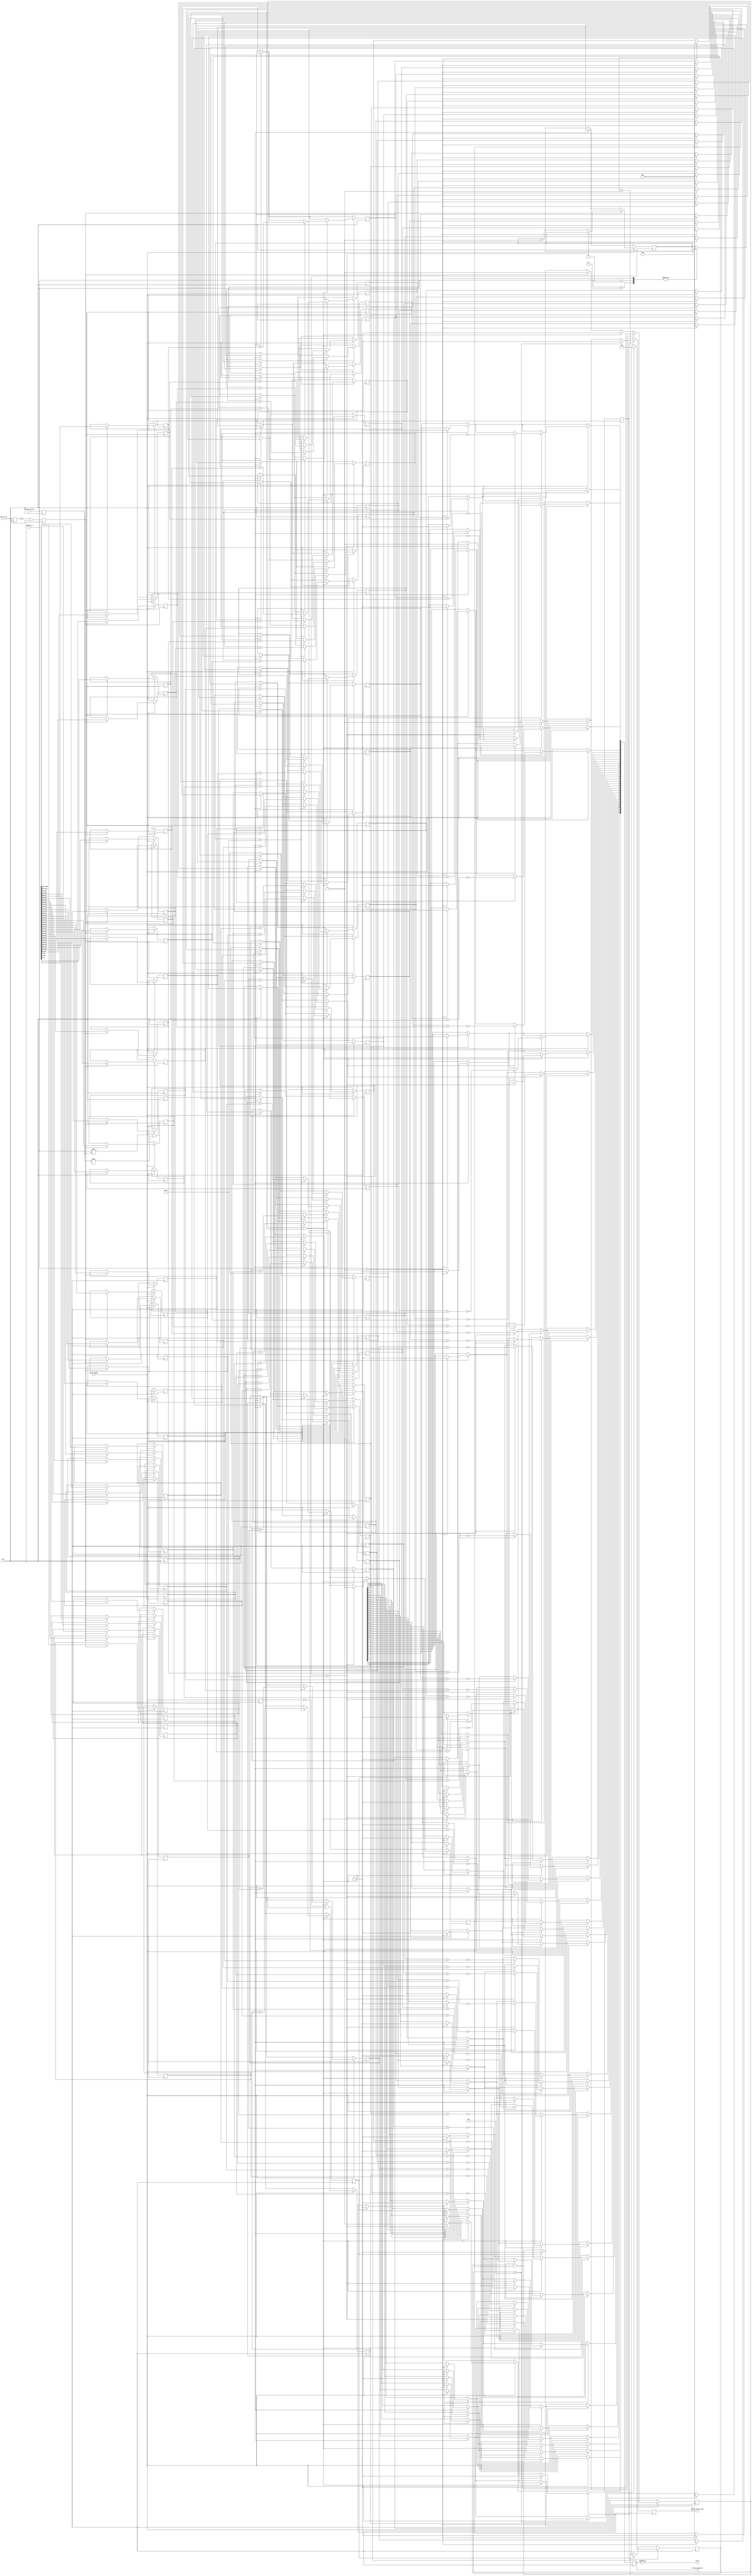
`timescale 1ns / 1ps
//////////////////////////////////////////////////////////////////////////////////
// Company: 
// Engineer: 
// 
// Design Name: 
// Module Name: CheckSum_Verification
// Project Name: 
// Target Devices: 
// Tool Versions: 
// Description: 
// 
// Dependencies: 
// 
// Revision:
// Revision 0.01 - File Created
// Additional Comments:
// 
//////////////////////////////////////////////////////////////////////////////////


module CheckSum_Verification(
    input [1055:0] dataCf_in,//3332
    input clk,
    input verify_enable,
    input [1:0] detect_correct,
    input fetch_Cf_row,
    
    output [32:0] column_indicator,
    output error,
    output column_verify_ready
    );
    ////////////////////////////////////////////////////////////////
    //////////////////////////////////////////////////////////
    /////////////////////////////////////////////////////////////////
    //Cf////////////////
    reg [31:0] I_dataCf_in [32:0];
    ///////////////////////////////////////////////////
    reg [31:0] ref_column_encode_matrixrow [32:0];
    ///////////////////////////////////////////////////
    // reg [31:0] ref_row_encode_matrixcolumn [32:0];
    /////Cf/////////////////////
    // reg [31:0] add_result,
            //    accumulation_result;
    ///////////////////////////////////////////////////////////////
    reg verify_enable_last,
        verify_enable_rising_edge;
    reg flag_fetch_Cf_over; //Cf
    reg flag_ref_column_encode_matrixrow_over;//1'b1
    reg [1:0] detect_correct_last;
    reg flag_detect_correct;//1detect_correct
    reg fetch_Cf_row_last,
        flag_fetch_Cf_row;
    reg flag_control_ready_delay;//1
    ////////////////////////////////////////////////////////////////
    integer i;//
    reg [5:0] count_for_Cf_row;//Cf
    reg [2:0] count_for_control_ready_delay;//
    ////////////////////////////////////////////
    reg [32:0] O_column_indicator;
    reg        O_column_verify_ready;

    always @(posedge clk) begin
        ////////////////////////////////////////////////////////////////////
        verify_enable_last <= verify_enable;
        verify_enable_rising_edge <= (!verify_enable_last&&verify_enable);
        if(verify_enable_rising_edge) begin
            O_column_verify_ready <= 1'b0;
            flag_fetch_Cf_over <= 1'b0;
            ///////
            count_for_control_ready_delay <= 3'd0;
            flag_control_ready_delay <= 1'b0;
        end
        /////////////detect_correct////////////////////////////////////////////////////////////////////
        ////verify_enabledetect_correct////////////
        detect_correct_last <= detect_correct;
        flag_detect_correct <= (detect_correct !== detect_correct_last)&&(detect_correct_last !== 2'bxx);//!==xz,//!==!=,
        //detect_correct
        //////////////detect_correct[1:0]////////////////////////////////////////////////////////////////
        if(flag_detect_correct) begin
            case(detect_correct)
                2'd1://ABABref_column_encode_matrixrow,ref_row_encode_matrixcolumnIDLEBuffer_row_A
                    //ref_column_encode_matrixrow,ref_row_encode_matrixcolumn
                    begin
                        for (i = 0;i < 33 ;i = i + 1 ) begin //detect_correct = 2'd1
                            ref_column_encode_matrixrow[i] <= 32'd0;
                        end
                            count_for_Cf_row <= 6'd0;
                            flag_ref_column_encode_matrixrow_over <= 1'b0;
                            O_column_indicator <= 33'd0;
                    end
                2'd2: //
                    begin
                            count_for_Cf_row <= 6'd0;
                    end
                2'd3:
                    begin
                            count_for_Cf_row <= 6'd0;
                    end
                default:
                    begin
                            count_for_Cf_row <= count_for_Cf_row;
                    end
            endcase
        end
        fetch_Cf_row_last <= fetch_Cf_row;
        flag_fetch_Cf_row <= (!fetch_Cf_row_last&&fetch_Cf_row);
        /////////////////////////////////////////////
        /////verify_enable32
        ////detect_correct
        if(verify_enable) begin
        /////////////////////////////////////////////////////////////
            //MACs,flag_fetch_Cf_row
            if(flag_fetch_Cf_row) begin
                for(i = 0;i < 33;i = i + 1) begin
                    I_dataCf_in[i] <= dataCf_in[32*i+:32];
                end
                if(count_for_Cf_row == 6'd33) begin
                    count_for_Cf_row <= count_for_Cf_row;
                end else begin
                    count_for_Cf_row <= count_for_Cf_row + 1'b1;
                end
                flag_fetch_Cf_over <= 1'b1;
            end
        ////////////////////////////////////////////////////////////
        //// always  always always
        ////

            //
            if(flag_fetch_Cf_over&&!flag_ref_column_encode_matrixrow_over) begin
                if(count_for_Cf_row < 6'd33) begin
                    for(i = 0; i < 33; i = i + 1)begin
                        ref_column_encode_matrixrow[i] <= ref_column_encode_matrixrow[i] + I_dataCf_in[i];
                    end
                end
                flag_fetch_Cf_over <= 1'b0;
                // flag_ref_column_encode_matrixrow_over <= (count_for_Cf_row == 6'd33) ? 1'b1 : 1'b0;  Write_row_C
                if(count_for_Cf_row == 6'd33) begin
                    flag_ref_column_encode_matrixrow_over <= 1'b1;
                    for(i = 0; i < 33; i = i + 1) begin
                        O_column_indicator[i] <= ~(ref_column_encode_matrixrow[i] == I_dataCf_in[i]);
                    end
                    O_column_verify_ready <= 1'b1;//flag_ref_column_encode_matrixrow_over
                    flag_control_ready_delay <= 1'b1;
                end
            end
            //
            //flag_ref_column_encode_matrix_overCV
            if(flag_fetch_Cf_over&&flag_ref_column_encode_matrixrow_over) begin
                flag_fetch_Cf_over <= 1'b0;
                O_column_verify_ready <= 1'b1;
            end
        end
        //
        if(flag_control_ready_delay) begin
            if(count_for_control_ready_delay == 3'd5) begin
                flag_control_ready_delay <= 1'b0;
                count_for_control_ready_delay <= 3'd0;
                // O_column_indicator <= 33'd0; column_indicator[32:0]
                O_column_verify_ready <= 1'b0;
            end else begin
                count_for_control_ready_delay <= count_for_control_ready_delay + 1'b1;
            end
        end
    end

    assign    error = |O_column_indicator;//
    ///////////////////////////////////////////
    
    assign    column_indicator[32:0] = O_column_indicator[32:0];
    assign    column_verify_ready = O_column_verify_ready;

endmodule